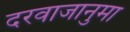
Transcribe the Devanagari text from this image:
दरवाजानुमा